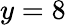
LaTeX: y=8